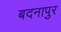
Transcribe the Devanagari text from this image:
बदनापुर